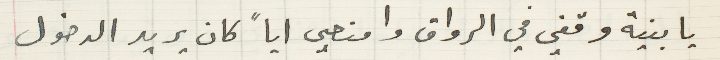
يا بنية وقفي في الرواق وامنعي اياً كان يريد الدخول